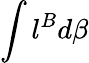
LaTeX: \int l^{B}d\beta